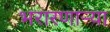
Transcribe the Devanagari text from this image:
भरारणाऱ्या